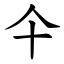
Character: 仐